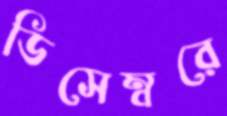
ডিসেম্বরে